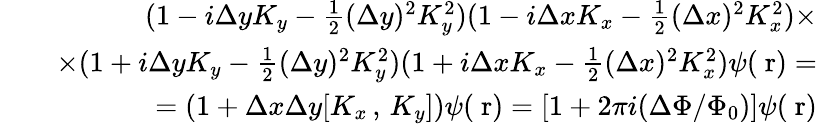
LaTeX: \begin{array}{rlr}&{}&{(1-i\Delta yK_{y}-\frac{1}{2}(\Delta y)^{2}K_{y}^{2})(1-i\Delta xK_{x}-\frac{1}{2}(\Delta x)^{2}K_{x}^{2})\times}\\ &{}&{\times(1+i\Delta yK_{y}-\frac{1}{2}(\Delta y)^{2}K_{y}^{2})(1+i\Delta xK_{x}-\frac{1}{2}(\Delta x)^{2}K_{x}^{2})\psi(\mathrm{\mathbf~r})=}\\ &{}&{=(1+\Delta x\Delta y[K_{x}\, ,\, K_{y}])\psi(\mathrm{\mathbf~r})=\left[1+2\pi i(\Delta\Phi/\Phi_{0})\right]\psi(\mathrm{\mathbf~r})}\end{array}